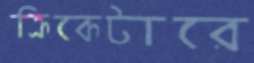
ক্রিকেটারে